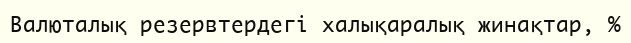
Валюталық резервтердегі халықаралық жинақтар, %